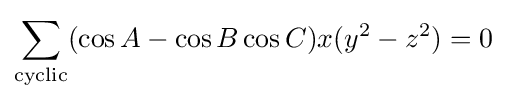
\sum _{\text{cyclic}}(\cos {A}-\cos {B}\cos {C})x(y^{2}-z^{2})=0